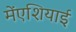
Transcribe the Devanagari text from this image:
मेंएशियाई